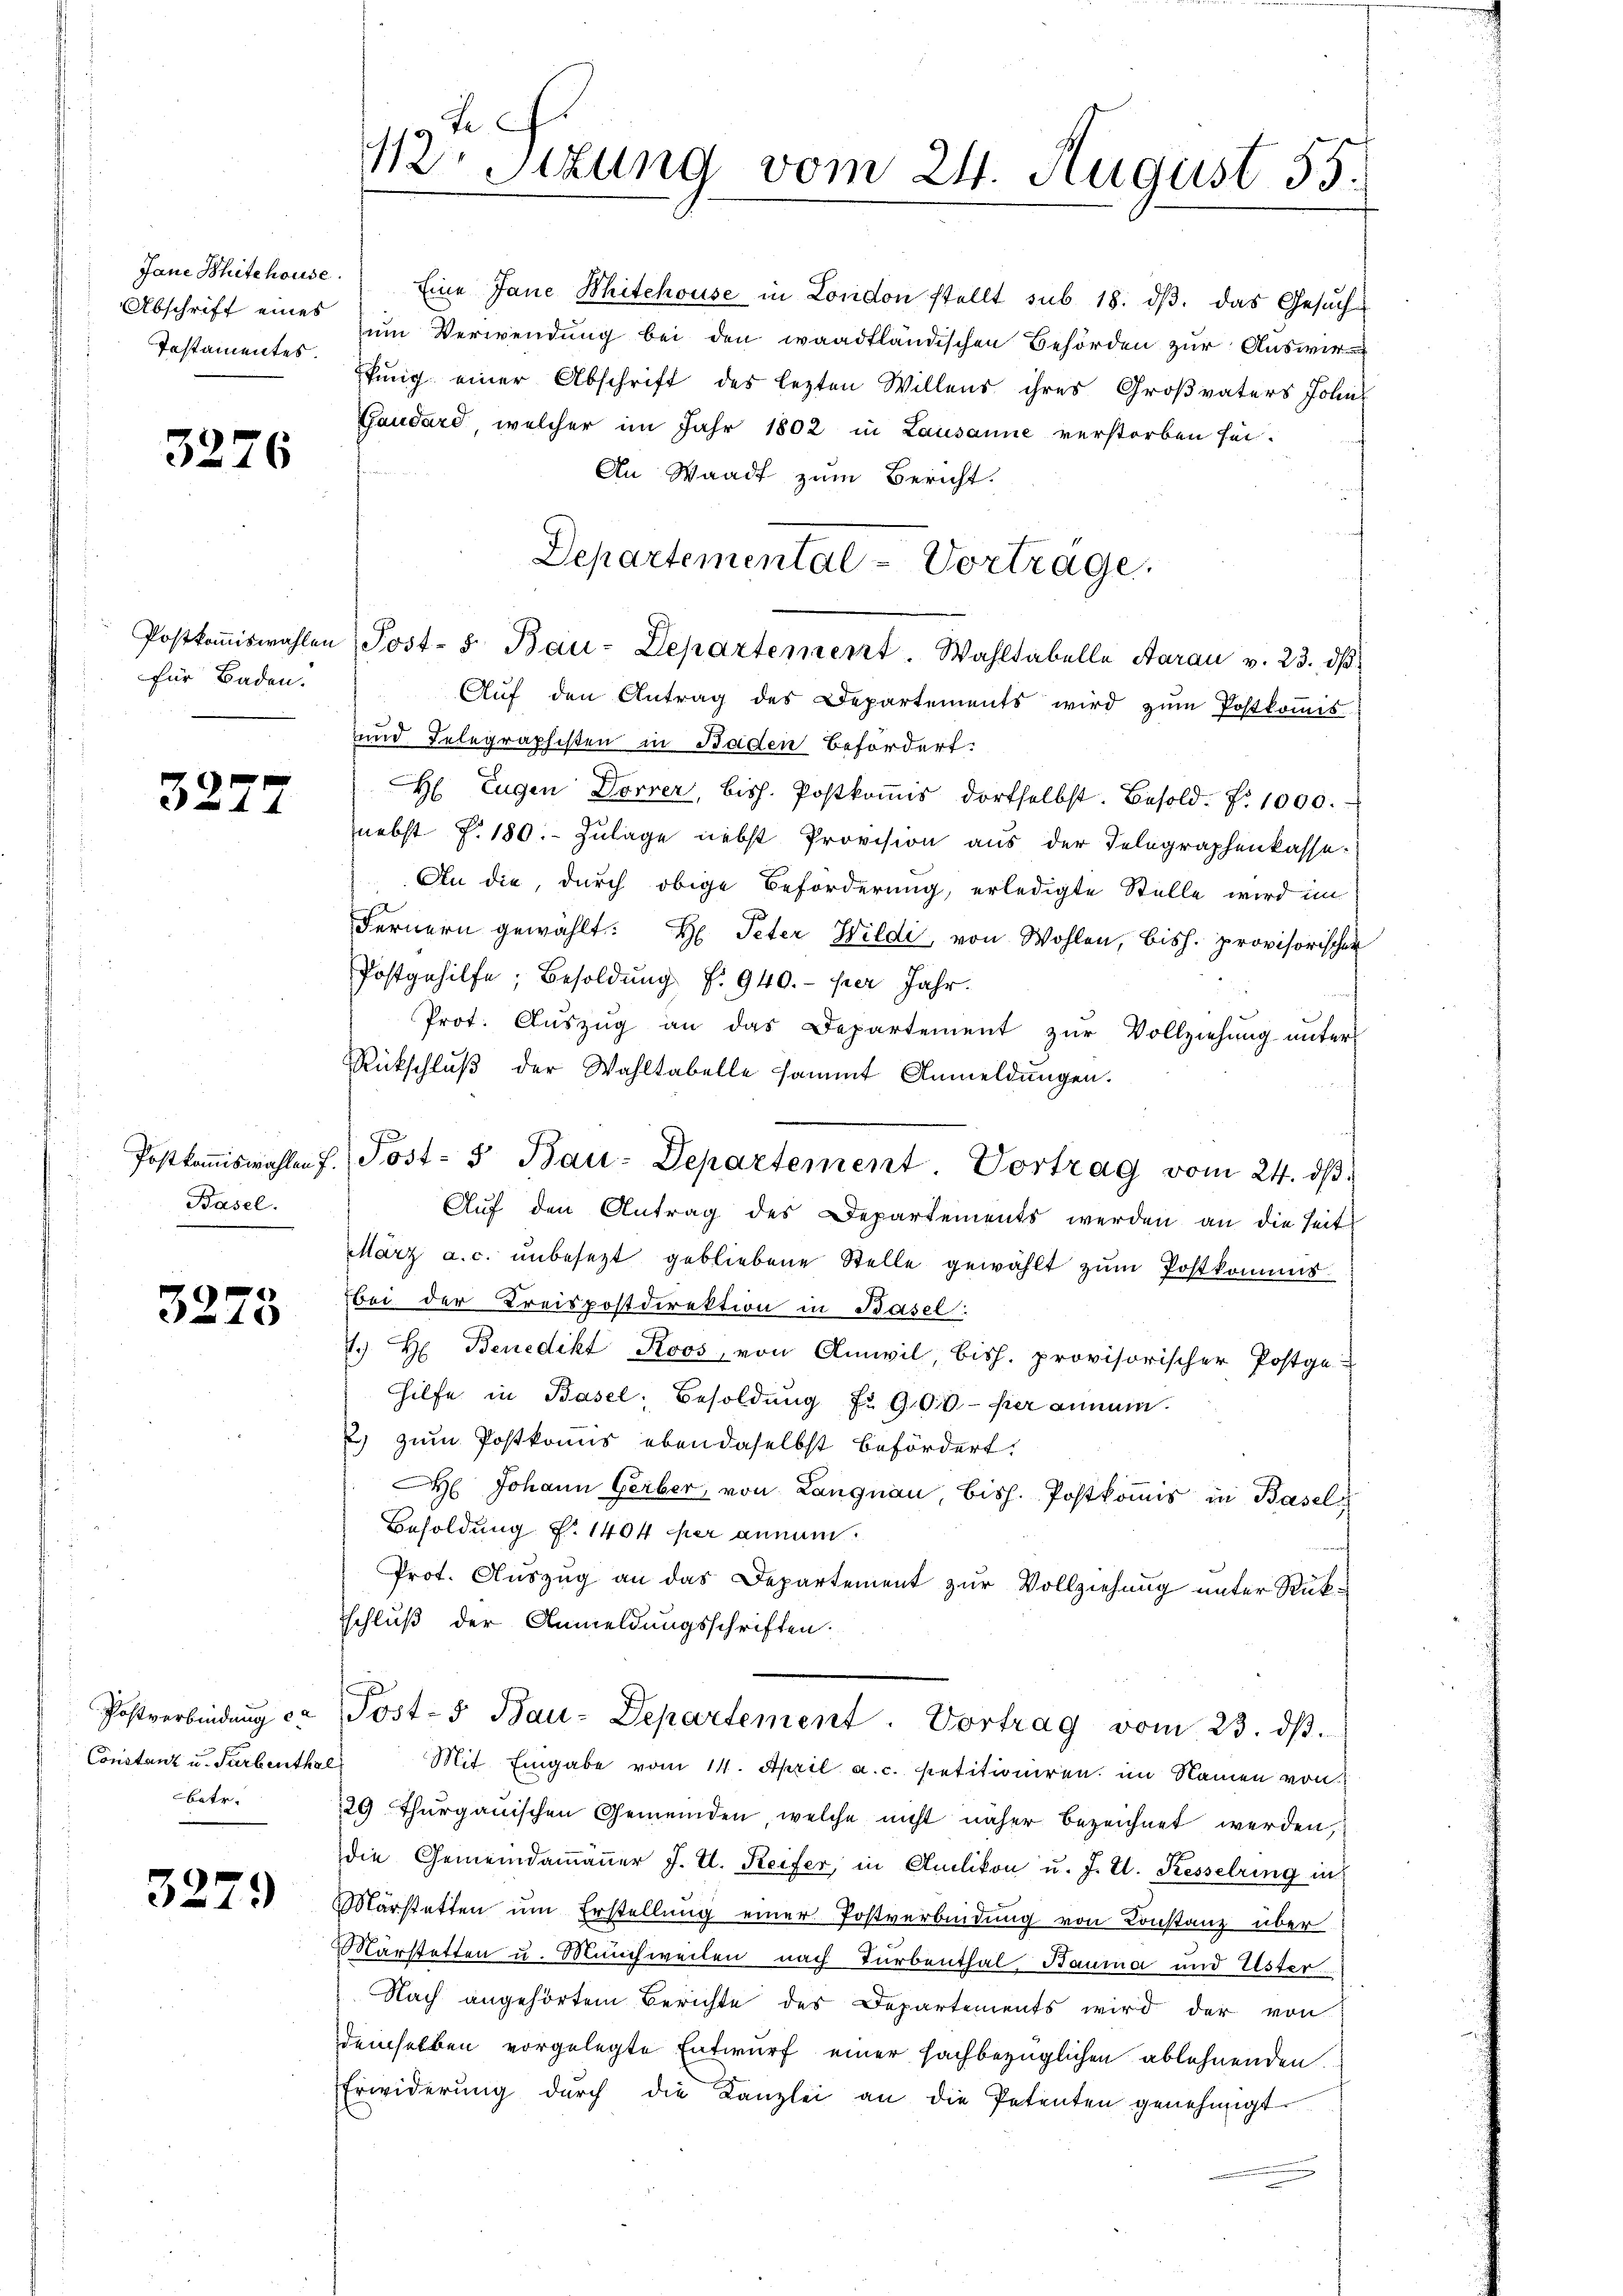
Abschrift eines
Testamentes.

3276

für Baden.

3.

17

Basel.

3273

Postverbindung er
Constanz u. Turbenthal
Batr.

3279

12. Sizung vom 24. August 55.

Jane Schitehouse. Eine Jane Mitchouse in London stellt sub 18. dβ. Das Gesuch
zum Verwendung bei den waadtländischen Behörden zur Auswir
fung einer Abschrift des lezten Willens ihres Großvaters Johns
Gaudard, welcher im Jahr 1802 in Lausanne verstorben sei.
An Waadt zum Bericht.
Aŭf den Antrag des Departements wird zŭm Postkoṁis
und Telegraphisten in Baden befördert.
H Eugen Dorrer, bish. Postkommis dortselbst. Besold. d. 1000.
nebst P. 180. Zulage nebst Provision aus der Telegraphenkasse¬
An die, durch obige Beförderung, erledigte Stelle wird im
Fernern gewählt: H: Peter Wildi von Wohlen, bish. provisorischen
Postgehilfe, Besoldŭng f. 940.- per Jahr.
Prot. Auszug an das Departement zur Vollziehung unters
Rückschlŭβ der Wahltabelle sammt Anmeldungen.
Auf den Antrag des Departements werden an die Seit
März a.c. ŭnbesezt gebliebene Stelle gewählt zŭm Postkommis
bei der Kreispostdirektion in Basel:
1. H Benedikt Roos, von Amwil, bish. provisorischer Postge
Hilfe in Basel, Besoldung fr. 900.- per annum.
) zum Postkomis eben daselbst befördert,
 Johann Gerber, von Langnau, bish. Postkommis in Basel
Besoldung f. 1404 der annum.
Prot. Auszug an das Departement zur Vollziehung unter Rükschluß der Anmeldungsschriften.
Post-5 Bau-Departement. Vortrag vom 23. dβ.
Mit Eingabe vom 14. April a. c. petitioniren im Namen von
29 Thurgauischen Gemeinden, welche nicht näher bezeichnet werden,
die Gemeindammänner J. U. Reifer, in Auslikon u. J. U. Kesselring in
Märstatten um Erstellung einer Postverbindung von Konstanz über
Marstetten u. Münchweilen nach Turbenthal, Bauma und Uster
Nach angehörtem Berichte des Departements wird der von
demselben vorgelegte Entwurf einer fachbezüglichen ablehnenden
Erwiderŭng dŭrch die Kanzlei an die Petenten genehmigt.

Departemental-Vortrage
Postkoṁiswahlen (Post- 5. Bau-Departement. Wahltabelle Aarau v. 23. dβ

Postkoṁiswahlen f. Post- u Bau-Departement. Vortrag vom 24. dβ.